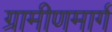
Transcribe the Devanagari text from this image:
ग्रामीणमार्ग